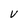
Character: v